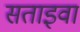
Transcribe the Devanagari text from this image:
सताइवा